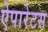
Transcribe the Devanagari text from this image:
ऐपारेटस